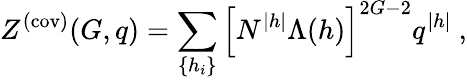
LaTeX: Z^{(\mathrm{cov)}}(G,q)=\sum_{\{ h_{i}\} }\left[N^{|h|}\Lambda(h)\right]^{2G-2}q^{|h|}~,